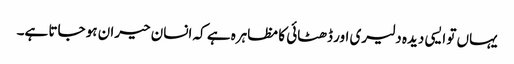
یہاں تو ایسی دیدہ دلیری اور ڈھٹائی کا مظاہرہ ہے کہ انسان حیران ہو جاتا ہے۔